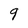
Character: q